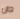
ص